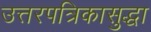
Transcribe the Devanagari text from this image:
उत्तरपत्रिकासुद्धा